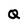
Character: Q